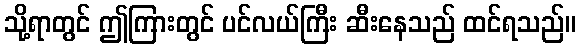
သို့ရာတွင် ဤကြားတွင် ပင်လယ်ကြီး ဆီးနေသည် ထင်ရသည်။